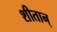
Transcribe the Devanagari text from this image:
शीतान्